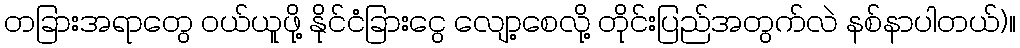
တခြားအရာတွေ ဝယ်ယူဖို့ နိုင်ငံခြားငွေ လျော့စေလို့ တိုင်းပြည်အတွက်လဲ နစ်နာပါတယ်)။